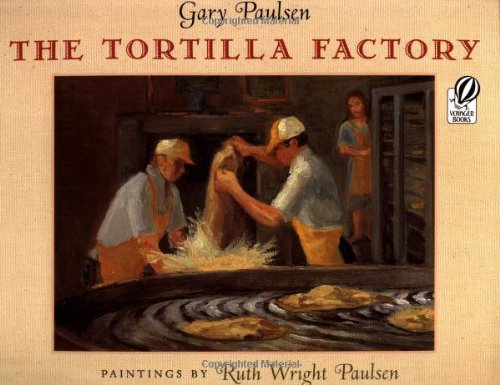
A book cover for The Tortilla Factory; Gary Paulsen; Teen & Young Adult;